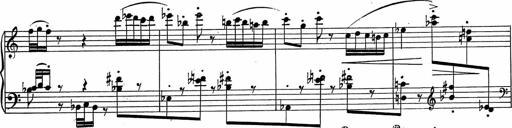
Title: 3Ã¨me Sonatine
Composer: Raffaele d' Alessandro